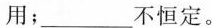
用；___不恒定。